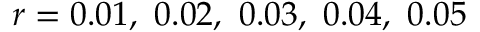
r = 0 . 0 1 , \ 0 . 0 2 , \ 0 . 0 3 , \ 0 . 0 4 , \ 0 . 0 5